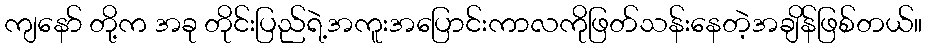
ကျနော် တို့က အခု တိုင်းပြည်ရဲ့အကူးအပြောင်းကာလကိုဖြတ်သန်းနေတဲ့အချိန်ဖြစ်တယ်။